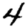
Digit: 4